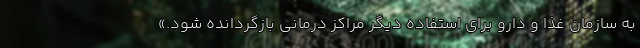
به سازمان غذا و دارو برای استفاده دیگر مراکز درمانی بازگردانده شود.»